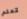
تعلم